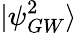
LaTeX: |\psi_{GW}^{2}\rangle